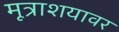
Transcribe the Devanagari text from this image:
मूत्राशयावर